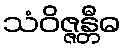
သံဝိဇ္ဇန္တီဓ